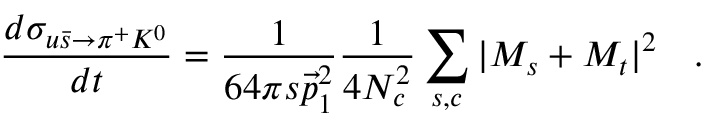
\frac { d \sigma _ { u \bar { s } \to \pi ^ { + } K ^ { 0 } } } { d t } = \frac { 1 } { 6 4 \pi s \vec { p } _ { 1 } ^ { 2 } } \frac { 1 } { 4 N _ { c } ^ { 2 } } \sum _ { s , c } | { \cal M } _ { s } + { \cal M } _ { t } | ^ { 2 } \quad .